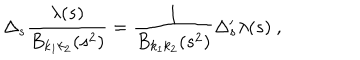
LaTeX: \Delta _ { s } \frac { \lambda ( s ) } { B _ { k _ { 1 } k _ { 2 } } ( s ^ { 2 } ) } = \frac { 1 } { B _ { k _ { 1 } k _ { 2 } } ( s ^ { 2 } ) } \Delta _ { s } ^ { \prime } \lambda ( s ) \ ,